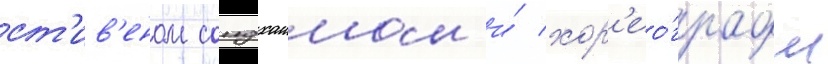
ст'ив'еном сондхаимом и́ хор'ео́графом